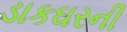
ડાકઘરની